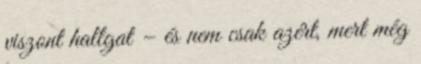
viszont hallgat – és nem csak azért, mert még